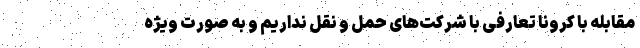
مقابله با کرونا تعارفی با شرکت‌های حمل و نقل نداریم و به صورت ویژه